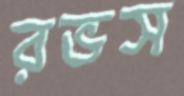
রভস